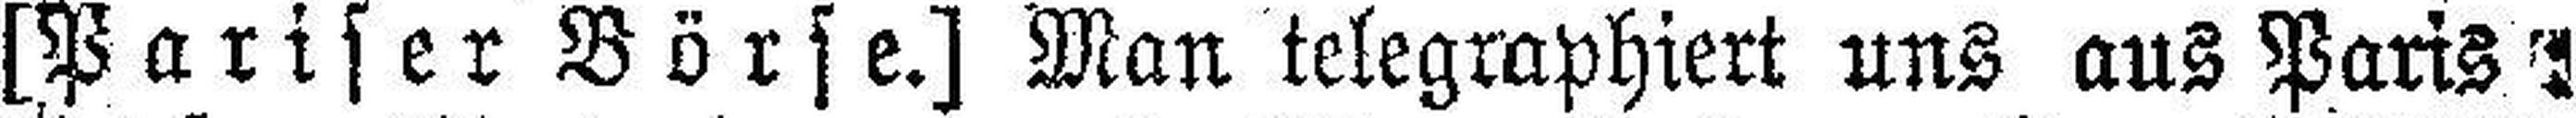
[Pariser Börse.] Man telegraphiert uns aus Paris: